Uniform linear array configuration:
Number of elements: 12
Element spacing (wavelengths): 0.25
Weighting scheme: blackman
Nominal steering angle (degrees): -60
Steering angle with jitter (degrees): -60.35
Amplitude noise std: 0.05
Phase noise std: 0.05

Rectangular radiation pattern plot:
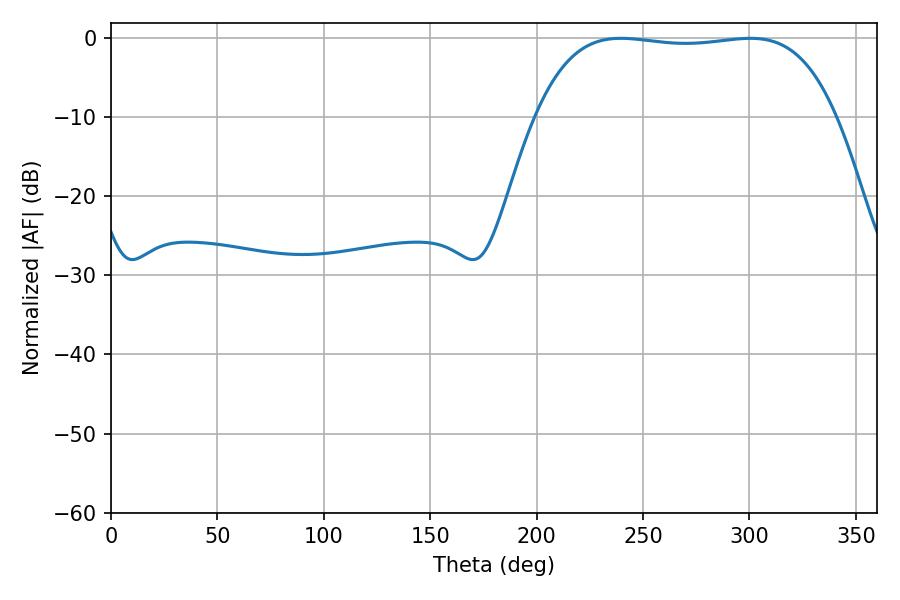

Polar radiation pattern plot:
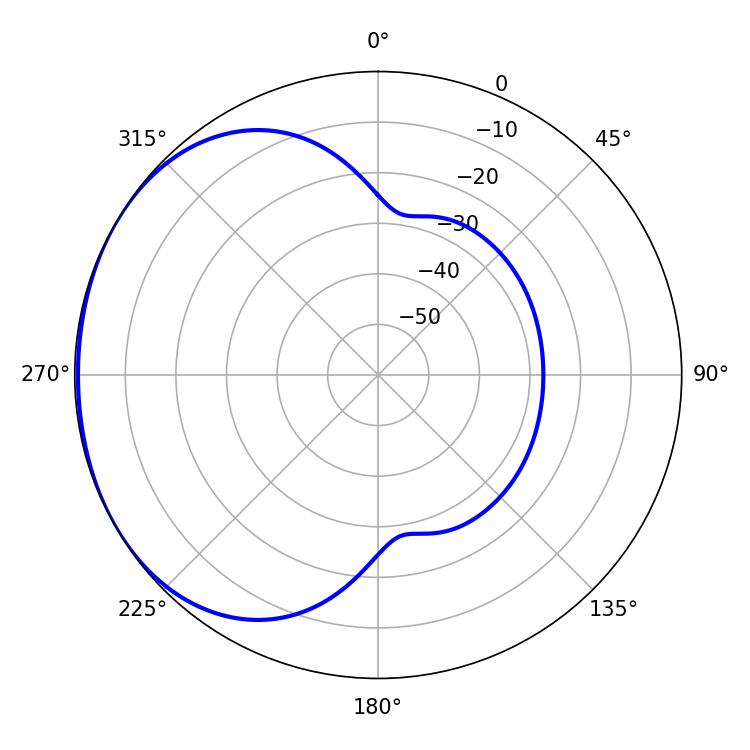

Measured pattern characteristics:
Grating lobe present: FALSE
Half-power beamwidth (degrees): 111.24
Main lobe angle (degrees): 239.58